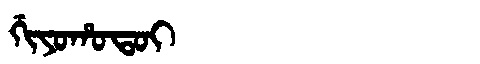
Manchu: ᡤᡳᠶᠣᡥᠣᡨᠣᡳ
Romanization: GIYOHOTOI